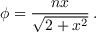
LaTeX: \phi = { \frac { n x } { \sqrt { 2 + x ^ { 2 } } } } \, .